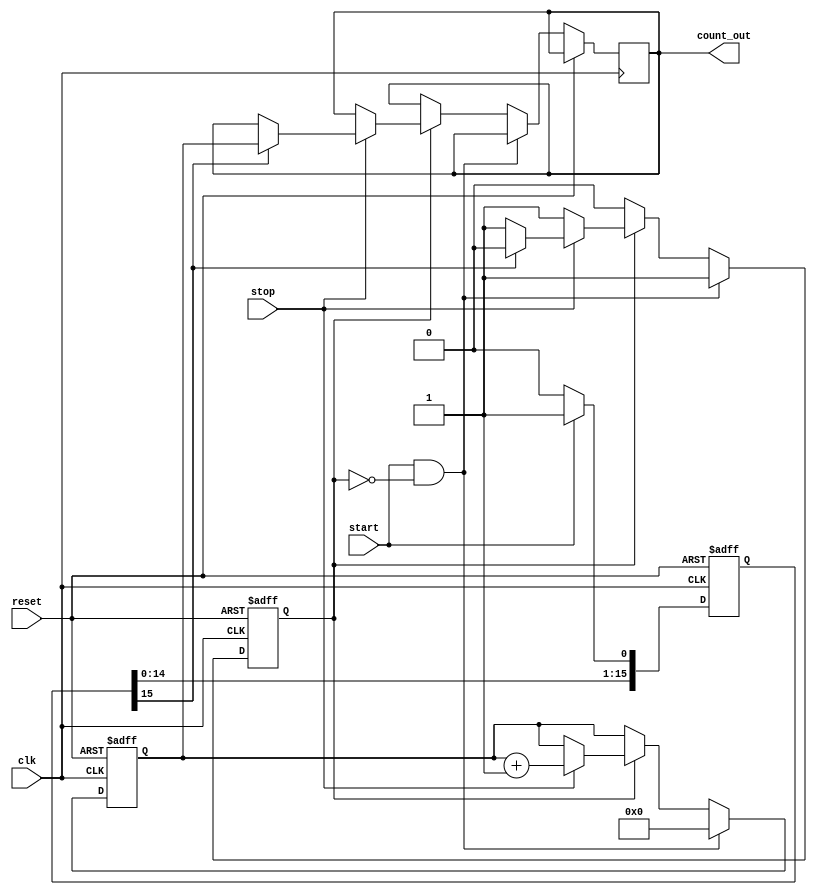
module TDC (
    input wire clk,              // Clock input
    input wire reset,            // Active high reset
    input wire start,            // Start signal
    input wire stop,             // Stop signal
    output reg [N-1:0] count_out // Output count (N-bit wide)
);

parameter N = 8;                // Number of bits for the counter
parameter DELAY_STAGES = 16;    // Number of delay stages in the delay line

// Delay line definition
reg [DELAY_STAGES-1:0] delay_line;
reg start_latched;
reg [N-1:0] count;

// Generate delay line
always @(posedge clk or posedge reset) begin
    if (reset) begin
        delay_line <= 0;
    end else begin
        // Shift the delay line
        delay_line <= {delay_line[DELAY_STAGES-2:0], 1'b0}; // Shift left
        if (start) begin
            delay_line[0] <= 1'b1; // Latch start signal in the first stage
        end
    end
end

// Counter logic
always @(posedge clk or posedge reset) begin
    if (reset) begin
        count <= 0;
        start_latched <= 0;
    end else begin
        if (start && !start_latched) begin
            start_latched <= 1; // Latch the start signal
            count <= 0;         // Reset count on start
        end else if (start_latched) begin
            if (stop) begin
                // Count the number of delay stages activated by the stop signal
                count <= count + 1;
                // Check if the stop signal has traversed the delay line
                if (delay_line[DELAY_STAGES-1]) begin
                    count_out <= count; // Latch the count value to output
                    start_latched <= 0; // Reset start latch
                end
            end
        end
    end
end

endmodule